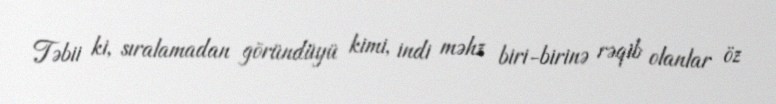
Təbii ki, sıralamadan göründüyü kimi, indi məhz biri-birinə rəqib olanlar öz